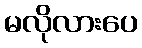
မလိုလားပေ